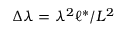
\Delta \lambda = \lambda ^ { 2 } \ell ^ { \ast } / L ^ { 2 }